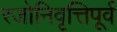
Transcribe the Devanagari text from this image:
रजोनिवृत्तिपूर्व